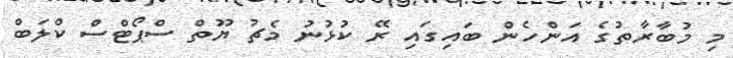
މި މުބާރާތުގެ އަންހެން ބައިގައި ރޭ ކުޅުނު މެޗު ޔޫތް ސްޕޯޓްސް ކްލަބް